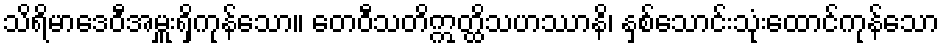
သိရိမာဒေဝီအမှူးရှိကုန်သော။ တေဝီသတိဣတ္ထိသဟဿာနိ၊ နှစ်သောင်းသုံးထောင်ကုန်သော